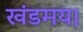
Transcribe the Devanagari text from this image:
खंडमय।